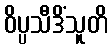
ဝိပ္ပသီဒိံသူတိ